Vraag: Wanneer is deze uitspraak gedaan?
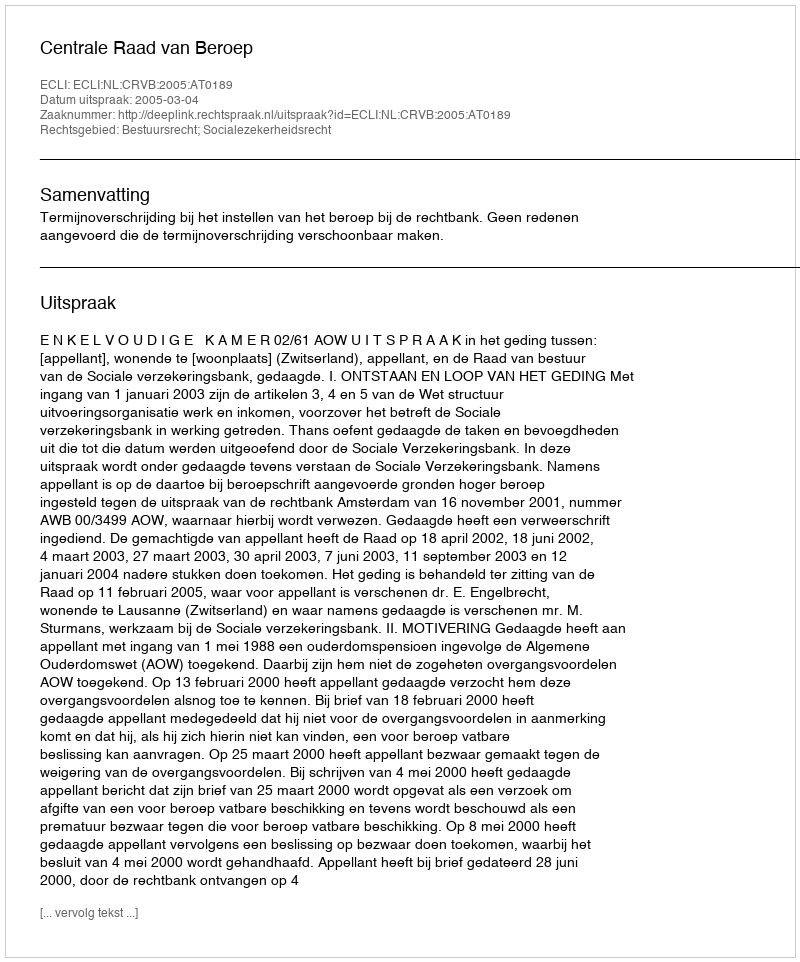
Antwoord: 2005-03-04